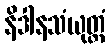
နိဒါနသံယုတ္တံ